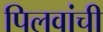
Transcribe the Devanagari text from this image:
पिलवांची